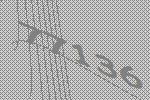
77136